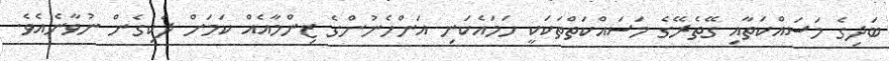
ބަދިގެ މަސައްކަތާއި ގޭތެރޭގެ މަސައްކަތްތަކަކީ ހަމައެކަނި އަންހެނުންގެ ޒިންމާއެއް ކަމަށް ދެކިގެން ނުވާނެއެވެ.